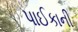
પાઈકાની